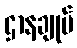
ဌာနချုပ်